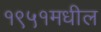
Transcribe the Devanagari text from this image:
१९५१मधील